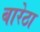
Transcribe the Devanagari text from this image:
बारेठा